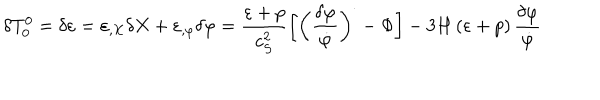
LaTeX: \delta T _ { 0 } ^ { 0 } = \delta \varepsilon = \varepsilon _ { , X } \delta X + \varepsilon _ { , \varphi } \delta \varphi = \frac { \varepsilon + p } { c _ { S } ^ { 2 } } \left[ \left( \frac { \delta \varphi } { \dot { \varphi } } \right) ^ { . } - \Phi \right] - 3 H \left( \varepsilon + p \right) \frac { \delta \varphi } { \dot { \varphi } }